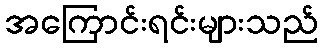
အကြောင်းရင်းများသည်